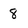
Character: 8